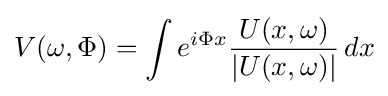
V(\omega ,\Phi )=\int e^{i\Phi x}{\frac {U(x,\omega )}{|U(x,\omega )|}}\,dx